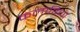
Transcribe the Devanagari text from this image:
कलाविधा